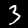
Label: 3